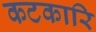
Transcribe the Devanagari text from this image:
कटकारि